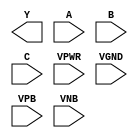
module sky130_fd_sc_hdll__nand3 (
    Y   ,
    A   ,
    B   ,
    C   ,
    VPWR,
    VGND,
    VPB ,
    VNB
);

    output Y   ;
    input  A   ;
    input  B   ;
    input  C   ;
    input  VPWR;
    input  VGND;
    input  VPB ;
    input  VNB ;
endmodule